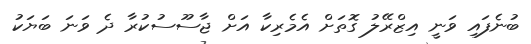
ބުނެފައި ވަނީ އިޒްރޭލު ގޮތަށް އެމެރިކާ އަށް ޖާސޫސުކުރާ ދެ ވަނަ ބަޔަކު